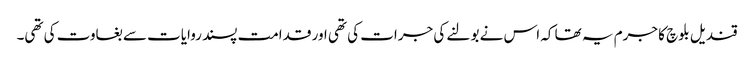
قندیل بلوچ کا جرم یہ تھا کہ اس نے بولنے کی جرات کی تھی اور قدامت پسند روایات سے بغاوت کی تھی۔